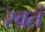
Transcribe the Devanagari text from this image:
स्वतं